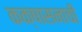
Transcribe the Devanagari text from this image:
कक्षासनाची